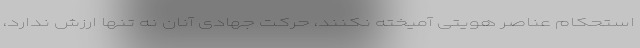
استحکام عناصر هویتی آمیخته نکنند، حرکت جهادی آنان نه تنها ارزش ندارد،